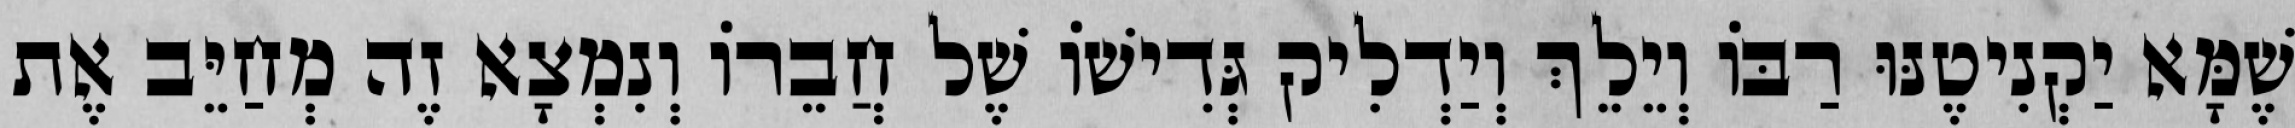
שֶׁמָּא יַקְנִיטֶנּוּ רַבּוֹ וְיֵלֵךְ וְיַדְלִיק גְּדִישׁוֹ שֶׁל חֲבֵרוֹ וְנִמְצָא זֶה מְחַיֵּב אֶת